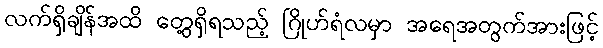
လက်ရှိချိန်အထိ တွေ့ရှိရသည့် ဂြိုဟ်ရံလမှာ အရေအတွက်အားဖြင့်